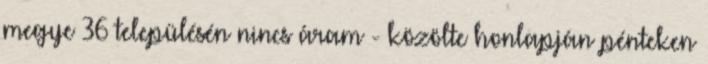
megye 36 településén nincs áram - közölte honlapján pénteken